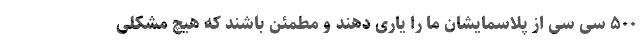
۵۰۰ سی سی از پلاسمایشان ما را یاری دهند و مطمئن باشند که هیچ مشکلی